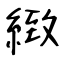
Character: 緻